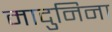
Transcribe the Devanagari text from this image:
मादुनिना